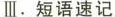
Ⅲ。短语速记